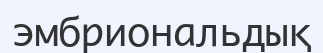
эмбриональдық